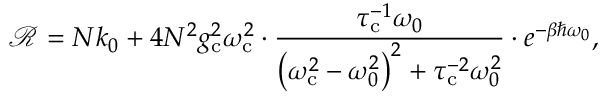
\mathcal { R } = N k _ { 0 } + { 4 N ^ { 2 } g _ { \mathrm { c } } ^ { 2 } \omega _ { \mathrm { c } } ^ { 2 } } \cdot \frac { \tau _ { \mathrm { c } } ^ { - 1 } \omega _ { 0 } } { \left( \omega _ { \mathrm { c } } ^ { 2 } - \omega _ { 0 } ^ { 2 } \right) ^ { 2 } + \tau _ { \mathrm { c } } ^ { - 2 } \omega _ { 0 } ^ { 2 } } \cdot e ^ { - \beta \hbar \omega _ { 0 } } ,